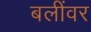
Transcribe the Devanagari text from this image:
बलींवर